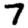
Digit: 7